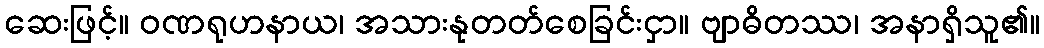
ဆေးဖြင့်။ ဝဏရုဟနာယ၊ အသားနုတတ်စေခြင်းငှာ။ ဗျာဓိတဿ၊ အနာရှိသူ၏။